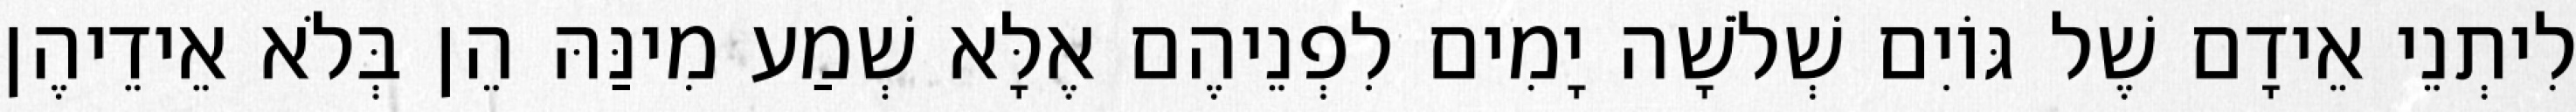
לִיתְנֵי אֵידָם שֶׁל גּוֹיִם שְׁלֹשָׁה יָמִים לִפְנֵיהֶם אֶלָּא שְׁמַע מִינַּהּ הֵן בְּלֹא אֵידֵיהֶן